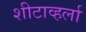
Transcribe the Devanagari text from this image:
शीटाव्हर्ला